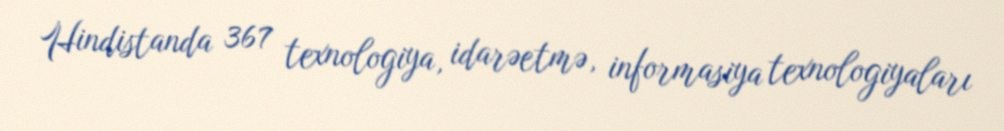
Hindistanda 367 texnologiya, idarəetmə, informasiya texnologiyaları